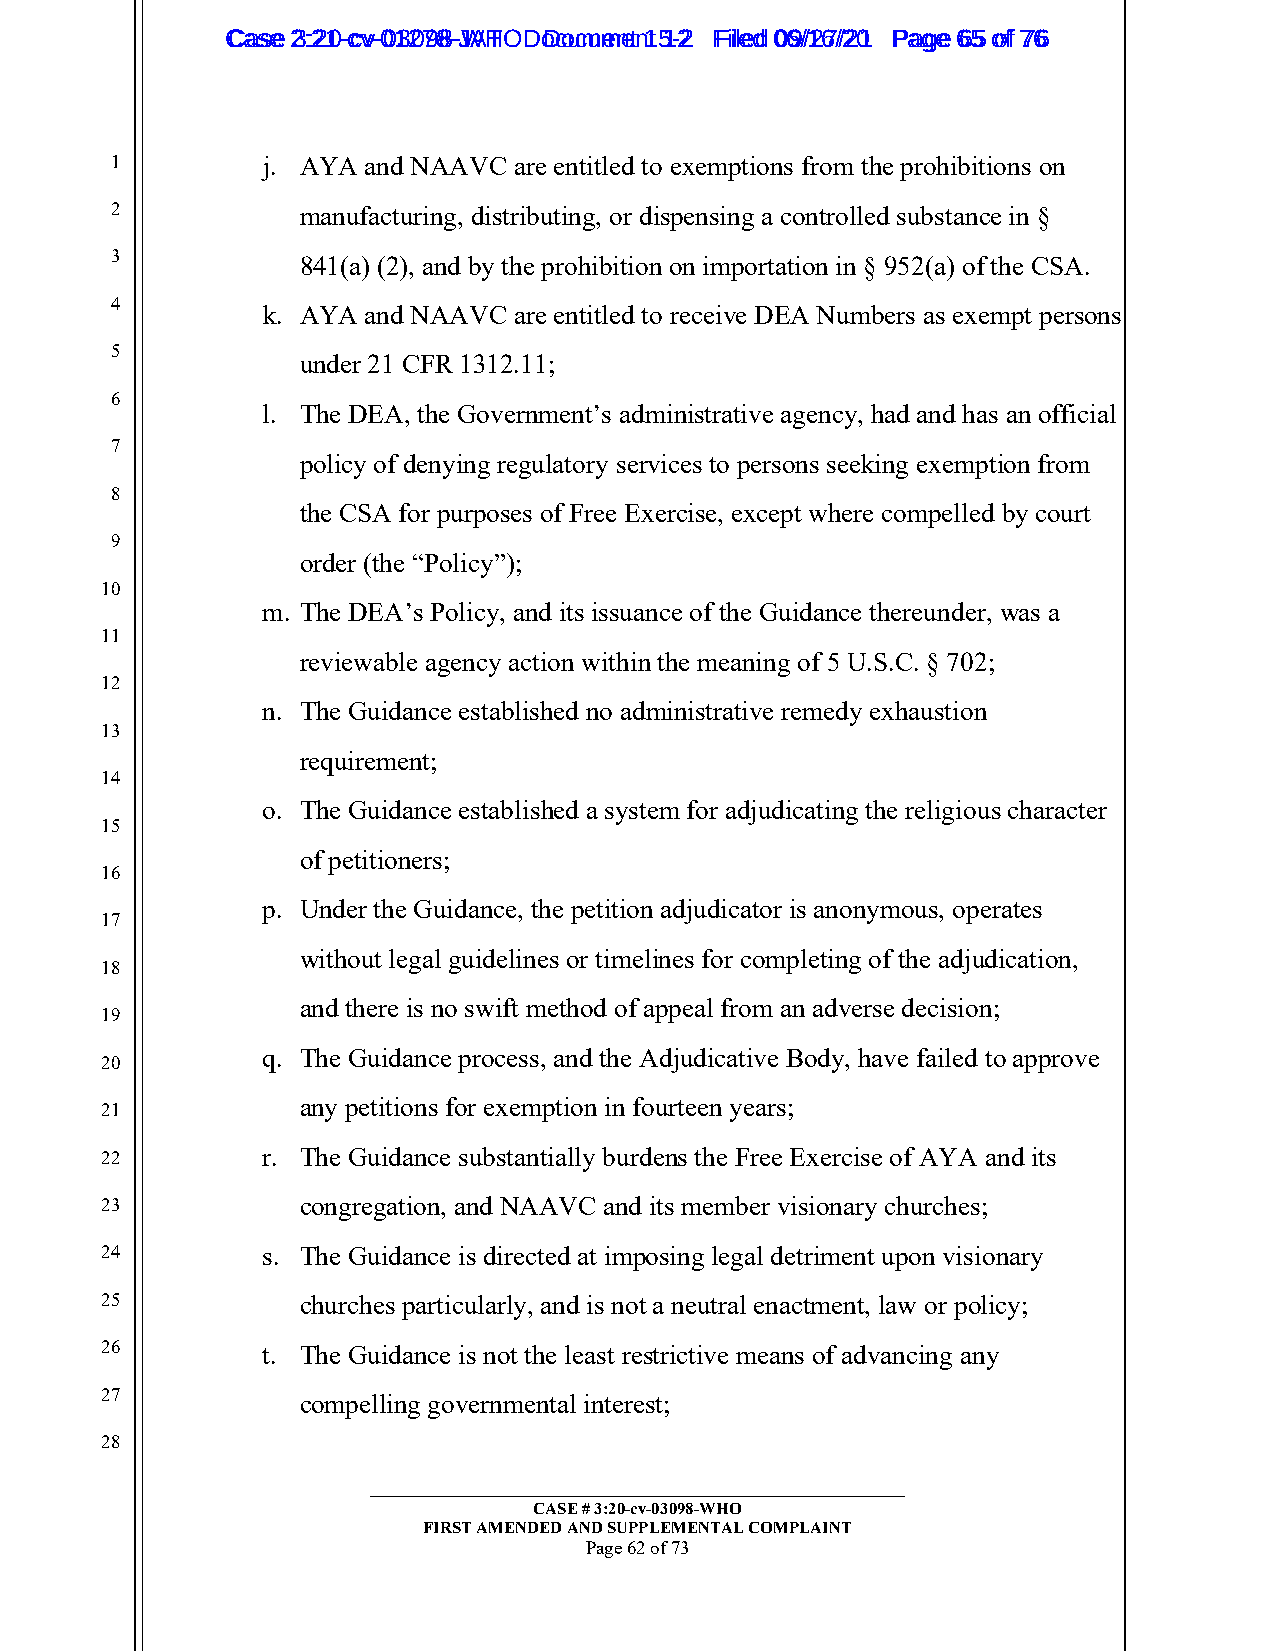
CCaassee 23::2210--ccvv--0013207988--JWAHT O D oDcoucmumenetn 1t 51-22 FFiilleedd 0069//1267//2201 PPaaggee 6655 ooff 7766
 1         j. AYA and NAAVC are entitled to exemptions from the prohibitions on
 2            manufacturing, distributing, or dispensing a controlled substance in §
 3            841(a) (2), and by the prohibition on importation in § 952(a) of the CSA.
 4
 k. AYA and NAAVC are entitled to receive DEA Numbers as exempt persons
 5
 under 21 CFR 1312.11;
 6
 l. The DEA, the Government’s administrative agency, had and has an official
 7
 policy of denying regulatory services to persons seeking exemption from
 8
 the CSA for purposes of Free Exercise, except where compelled by court
 9
 order (the “Policy”);
 10
 m. The DEA’s Policy, and its issuance of the Guidance thereunder, was a
 11
 reviewable agency action within the meaning of 5 U.S.C. § 702;
 12
 n. The Guidance established no administrative remedy exhaustion
 13
 requirement;
 14
 o. The Guidance established a system for adjudicating the religious character
 15
 of petitioners;
 16
 p. Under the Guidance, the petition adjudicator is anonymous, operates
 17
 without legal guidelines or timelines for completing of the adjudication,
 18
 and there is no swift method of appeal from an adverse decision;
 19
 q. The Guidance process, and the Adjudicative Body, have failed to approve
 20
 any petitions for exemption in fourteen years;
 21
 22        r. The Guidance substantially burdens the Free Exercise of AYA and its
 23           congregation, and NAAVC and its member visionary churches;
 24        s. The Guidance is directed at imposing legal detriment upon visionary
 25           churches particularly, and is not a neutral enactment, law or policy;
 26        t. The Guidance is not the least restrictive means of advancing any
 27           compelling governmental interest;
 28
 _________________________________________________________
 CASE # 3:20-cv-03098-WHO
 FIRST AMENDED AND SUPPLEMENTAL COMPLAINT
 Page 62 of 73